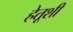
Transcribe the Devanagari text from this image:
हेतूशी